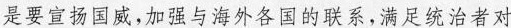
是要宣扬国威，加强与海外各国的联系，满足统治者对